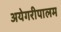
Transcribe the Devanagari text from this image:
अयेगरीपालम